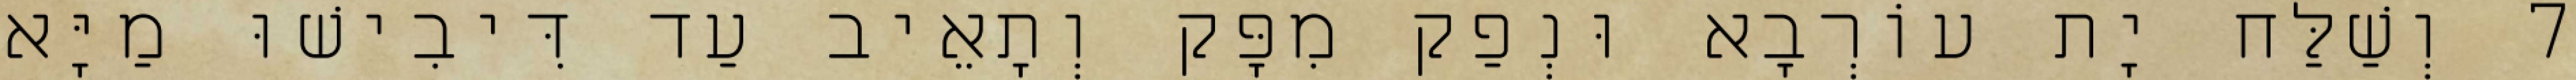
7 וְשַׁלַּח יָת עוֹרְבָא וּנְפַק מִפָּק וְתָאֵיב עַד דִּיבִישׁוּ מַיָּא